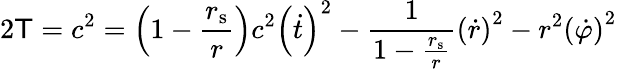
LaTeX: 2\mathsf{T}=c^{2}=\left(1-{\frac{{r_{\mathrm{{{s}}}}}}{{r}}}\right)c^{2}\left({\dot{{t}}}\right)^{2}-{\frac{{1}}{{1-{\frac{{r_{\mathrm{{{s}}}}}}{{r}}}}}}\left({\dot{{r}}}\right)^{2}-r^{2}\left({\dot{{\varphi}}}\right)^{2}